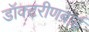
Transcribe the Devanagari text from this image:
डॉक्टरीणबाई